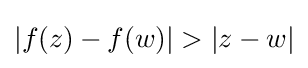
|f(z)-f(w)|>|z-w|